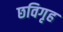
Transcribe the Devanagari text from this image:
छविगृह